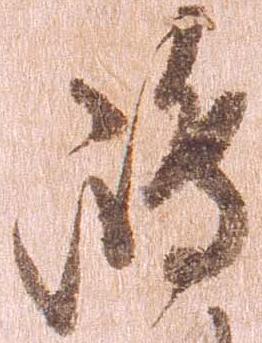
島